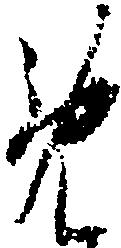
め